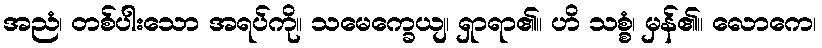
အညံ၊ တစ်ပါးသော အရပ်ကို။ သမေက္ခေယျ၊ ရှာရာ၏။ ဟိ သစ္စံ၊ မှန်၏။ လောကေ၊